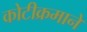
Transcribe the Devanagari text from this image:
कोटीक्रमाने